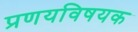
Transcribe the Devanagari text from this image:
प्रणयविषयक